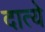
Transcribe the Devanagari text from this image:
दात्ये